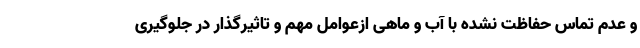
و عدم تماس حفاظت نشده با آب و ماهی ازعوامل مهم و تاثیرگذار در جلوگیری